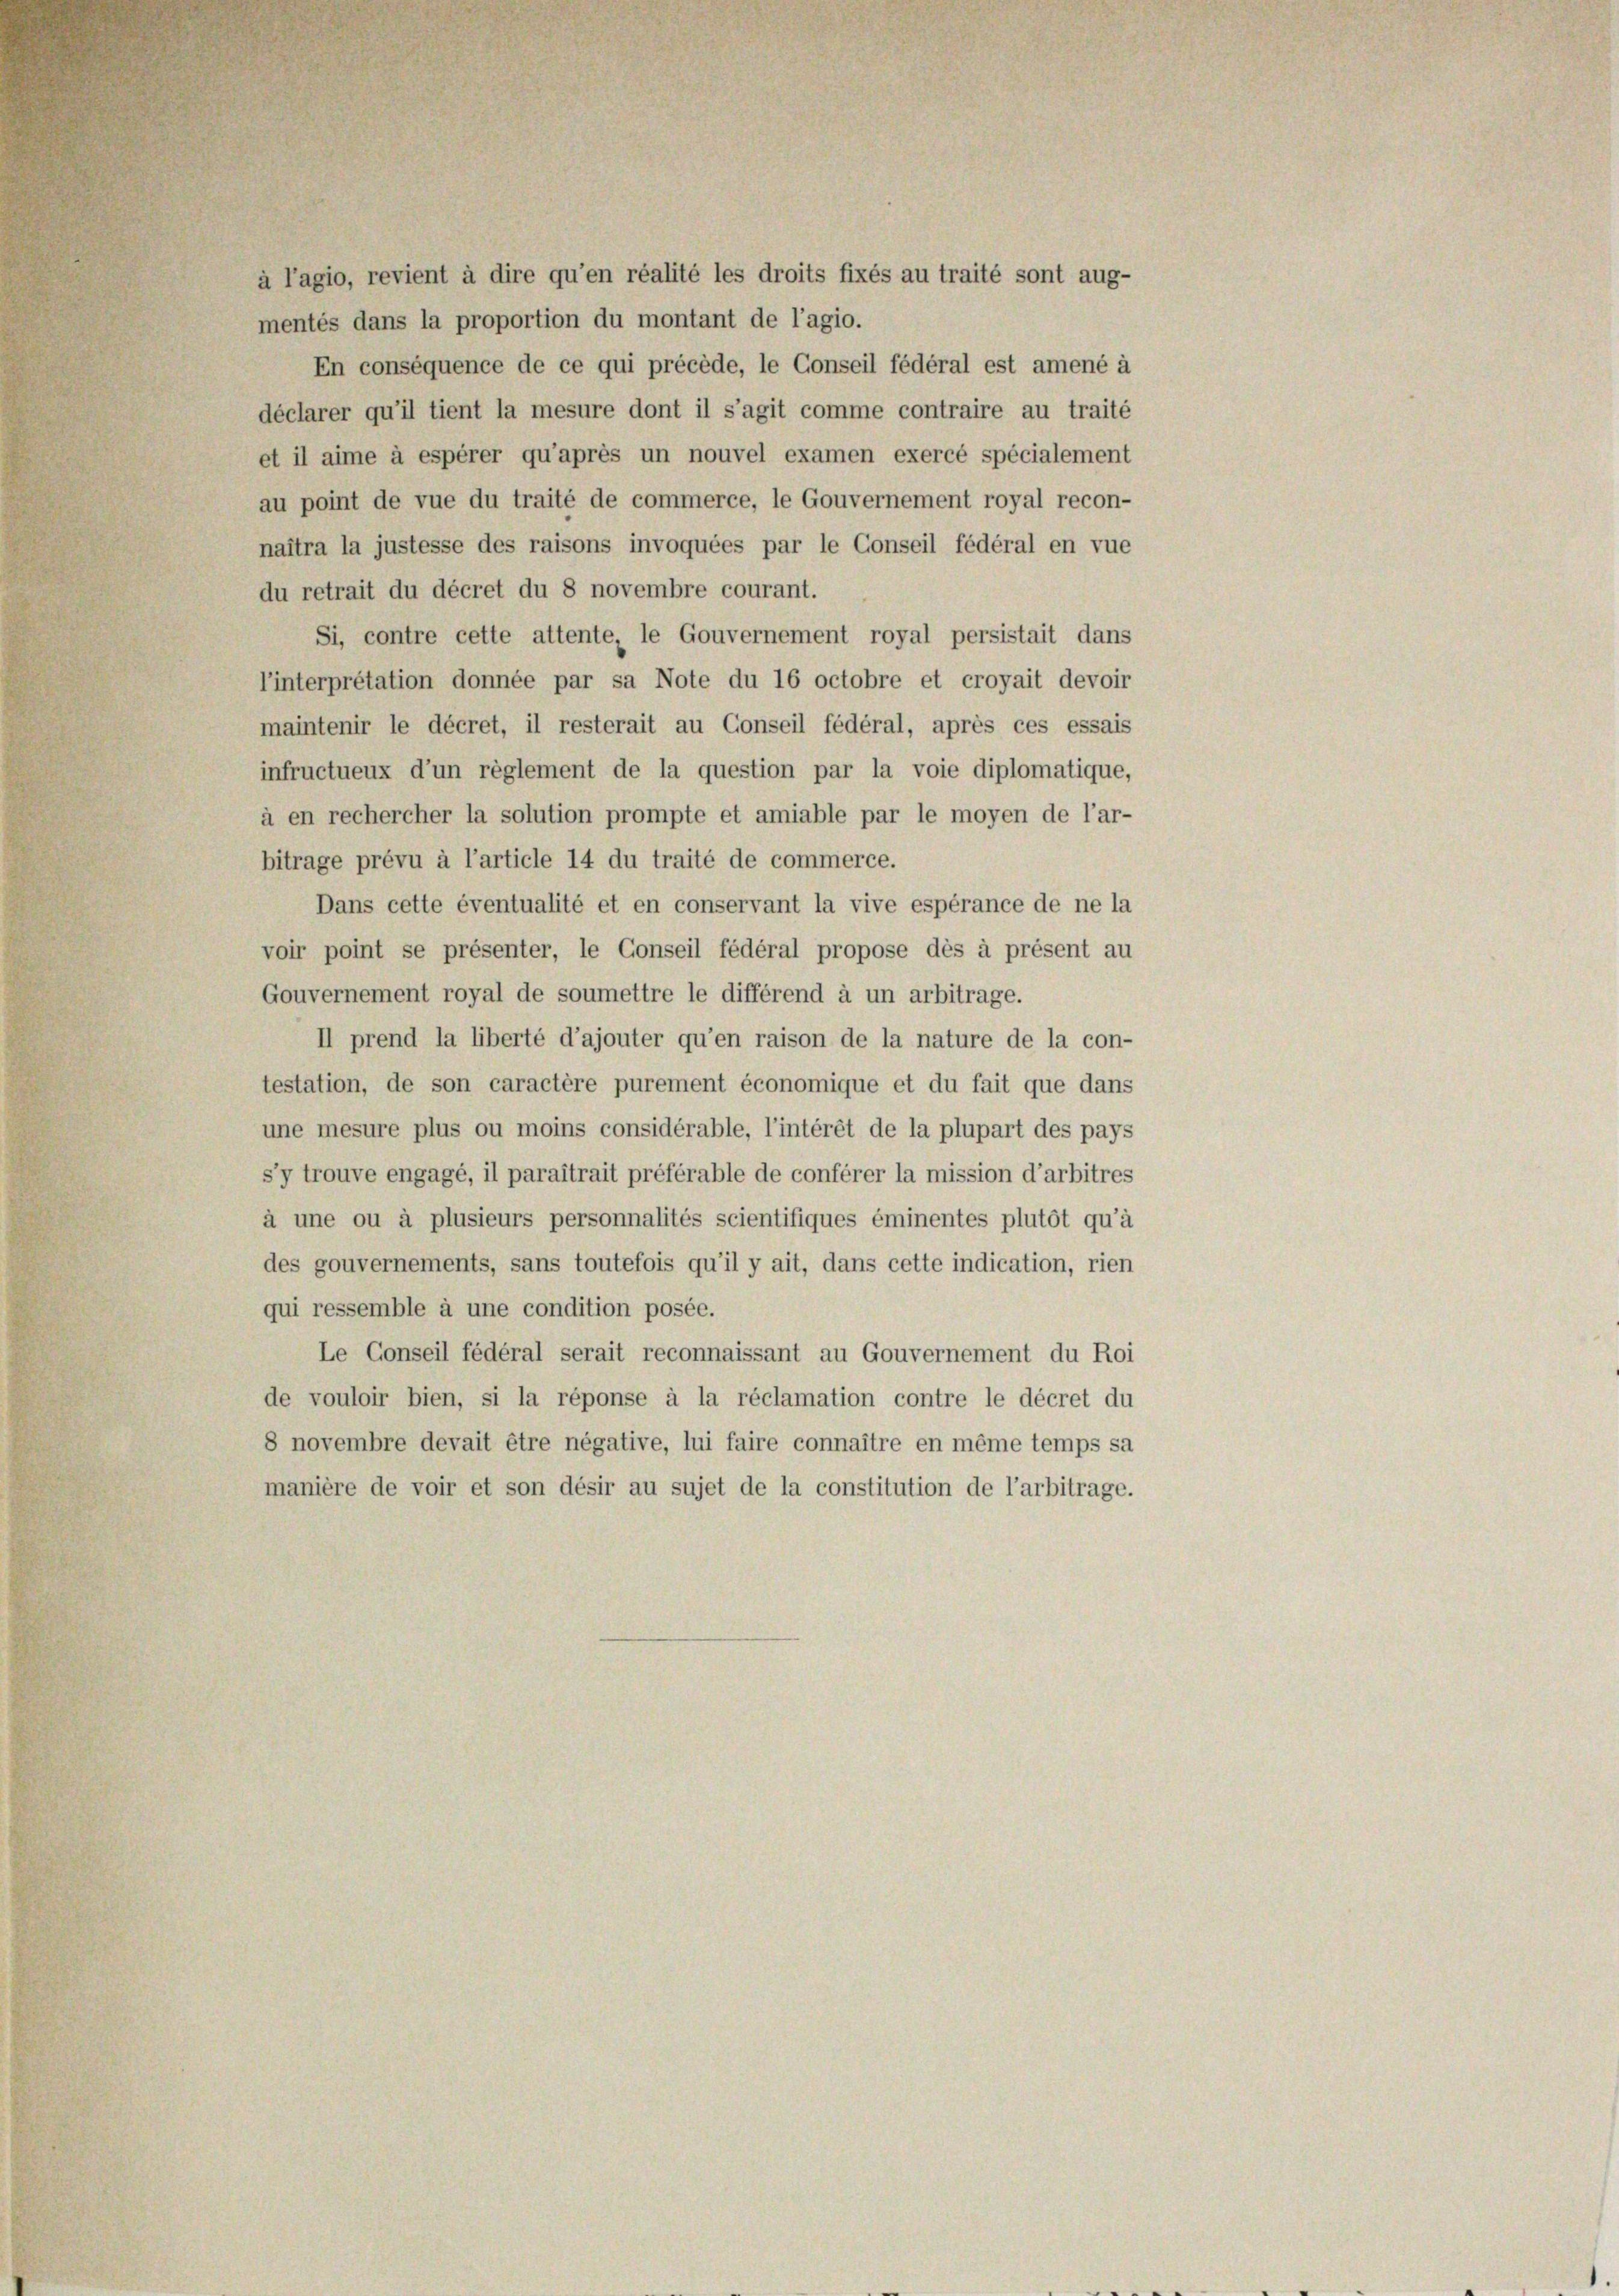
à l’agio, revient à dire qu’en réalité les droits fixés au traité sont aug-
mentés dans la proportion du montant de l’agio.
En conséquence de ce qui précède, le Conseil fédéral est amené à
déclarer qu’il tient la mesure dont il s’agit comme contraire au traité
et il aime à espèrer qu’après un nouvel examen exercé spécialement
au point de vue du traité de commerce, le Gouvernement royal recon-
naîtra la justesse des raisons invoquées par le Conseil fédéral en vue
du retrait du décret du 8 novembre courant.
Si, contre cette attente, le Gouvernement royal persistait dans
l’interpretation donnée par sa Note du 16 octobre et croyait devoir
maintenir le décret, il resterait au Conseil fédéral, après ces essais
infructueux d’un règlement de la question par la voie diplomatique,
à en rechercher la solution prompte et amiable par le moyen de l’ar-
bitrage prévu à l’article 14 du traité de commerce.
Dans cette éventualité et en conservant la vive espérance de ne la
voir point se présenter, le Conseil fédéral propose dès à présent au
Gouvernement royal de soumettre le différend à un arbitrage.
II prend la liberté d’ajouter qu’en raison de la nature de la con-
testation, de son caractère purement économique et du fait que dans
une mesure plus ou moins considérable, l’intérêt de la plupart des pays
s’y trouve engagé, il paraîtrait préférable de conferer la mission d’arbitres
à une ou à plusieurs personnalités scientifiques éminentes plutôt qu’à
des gouvernements, sans toutefois qu’il y ait, dans cette indication, rien
qui ressemble à une condition posée.
Le Conseil fédéral serait reconnaissant au Gouvernement du Roi
de vouloir bien, si la réponse à la réclamation contre le décret du
8 novembre devait être négative, lui faire connaître en même temps sa
manière de voir et son désir au sujet de la constitution de l’arbitrage.